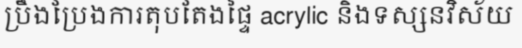
ប្រឹងប្រែងការតុបតែងផ្ទៃ acrylic និងទស្សនវិស័យ